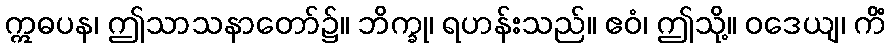
ဣဓပန၊ ဤသာသနာတော်၌။ ဘိက္ခု၊ ရဟန်းသည်။ ဧဝံ၊ ဤသို့။ ဝဒေယျ၊ ကိံ